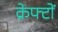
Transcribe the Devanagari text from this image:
क्रेफ्टों